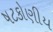
ષટકોણીય